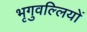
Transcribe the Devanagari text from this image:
भृगुवल्लियों